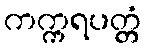
ကက္ကရပတ္တံ